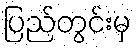
ပြည်တွင်းမှ